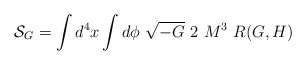
\begin{align*}{\cal S}_G=\int d^4x\int d\phi~\sqrt{-G}~2~M^3~ R(G,H)\end{align*}